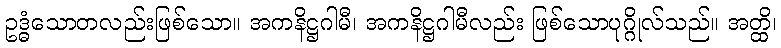
ဥဒ္ဓံသောတလည်းဖြစ်သော။ အကနိဋ္ဌဂါမီ၊ အကနိဋ္ဌဂါမီလည်း ဖြစ်သောပုဂ္ဂိုလ်သည်။ အတ္ထိ၊